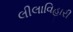
લીલાવિહારી